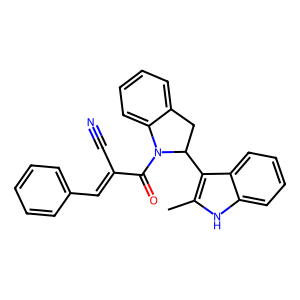
SMILES: Cc1[nH]c2ccccc2c1C1Cc2ccccc2N1C(=O)C(C#N)=Cc1ccccc1
Inhibits HIV replication: No